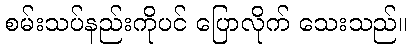
စမ်းသပ်နည်းကိုပင် ပြောလိုက် သေးသည်။